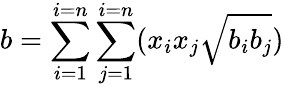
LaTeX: b=\sum_{i=1}^{i=n}\sum_{j=1}^{i=n}(x_{i}x_{j}{\sqrt{b_{i}b_{j}}})